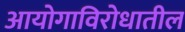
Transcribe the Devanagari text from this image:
आयोगाविरोधातील